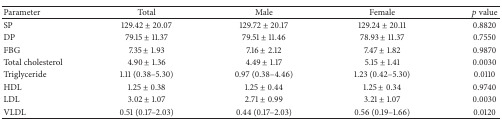
| Parameter | Total | Male | Female | p value |
 | --- | --- | --- | --- | --- |
 | SP | 129.42 ± 20.07 | 129.72 ± 20.17 | 129.24 ± 20.11 | 0.8820 |
 | DP | 79.15 ± 11.37 | 79.51 ± 11.46 | 78.93 ± 11.37 | 0.7550 |
 | FBG | 7.35 ± 1.93 | 7.16 ± 2.12 | 7.47 ± 1.82 | 0.9870 |
 | Total cholesterol | 4.90 ± 1.36 | 4.49 ± 1.17 | 5.15 ± 1.41 | 0.0030 |
 | Triglyceride | 1.11 (0.38–5.30) | 0.97 (0.38–4.46) | 1.23 (0.42–5.30) | 0.0110 |
 | HDL | 1.25 ± 0.38 | 1.25 ± 0.44 | 1.25 ± 0.34 | 0.9740 |
 | LDL | 3.02 ± 1.07 | 2.71 ± 0.99 | 3.21 ± 1.07 | 0.0030 |
 | VLDL | 0.51 (0.17–2.03) | 0.44 (0.17–2.03) | 0.56 (0.19–1.66) | 0.0120 |